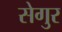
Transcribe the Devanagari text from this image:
सेगुर